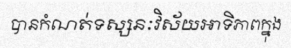
បានកំណត់ទស្សនៈវិស័យអាទិភាពក្នុង